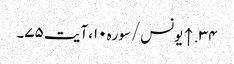
۳۴. ↑ یونس/سوره۱۰، آیت ۷۵۔